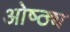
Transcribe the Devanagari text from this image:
ओष्ठ्य